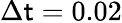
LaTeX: \Delta\mathsf{t}=0.02